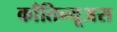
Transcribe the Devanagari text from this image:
काँतिन्यूअस